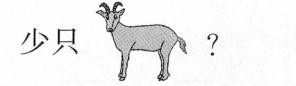
少只?